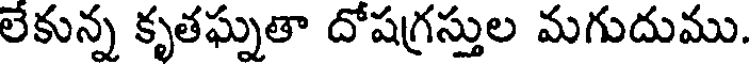
లేకున్న కృతఘ్నతా దోషగ్రస్తుల మగుదుము.